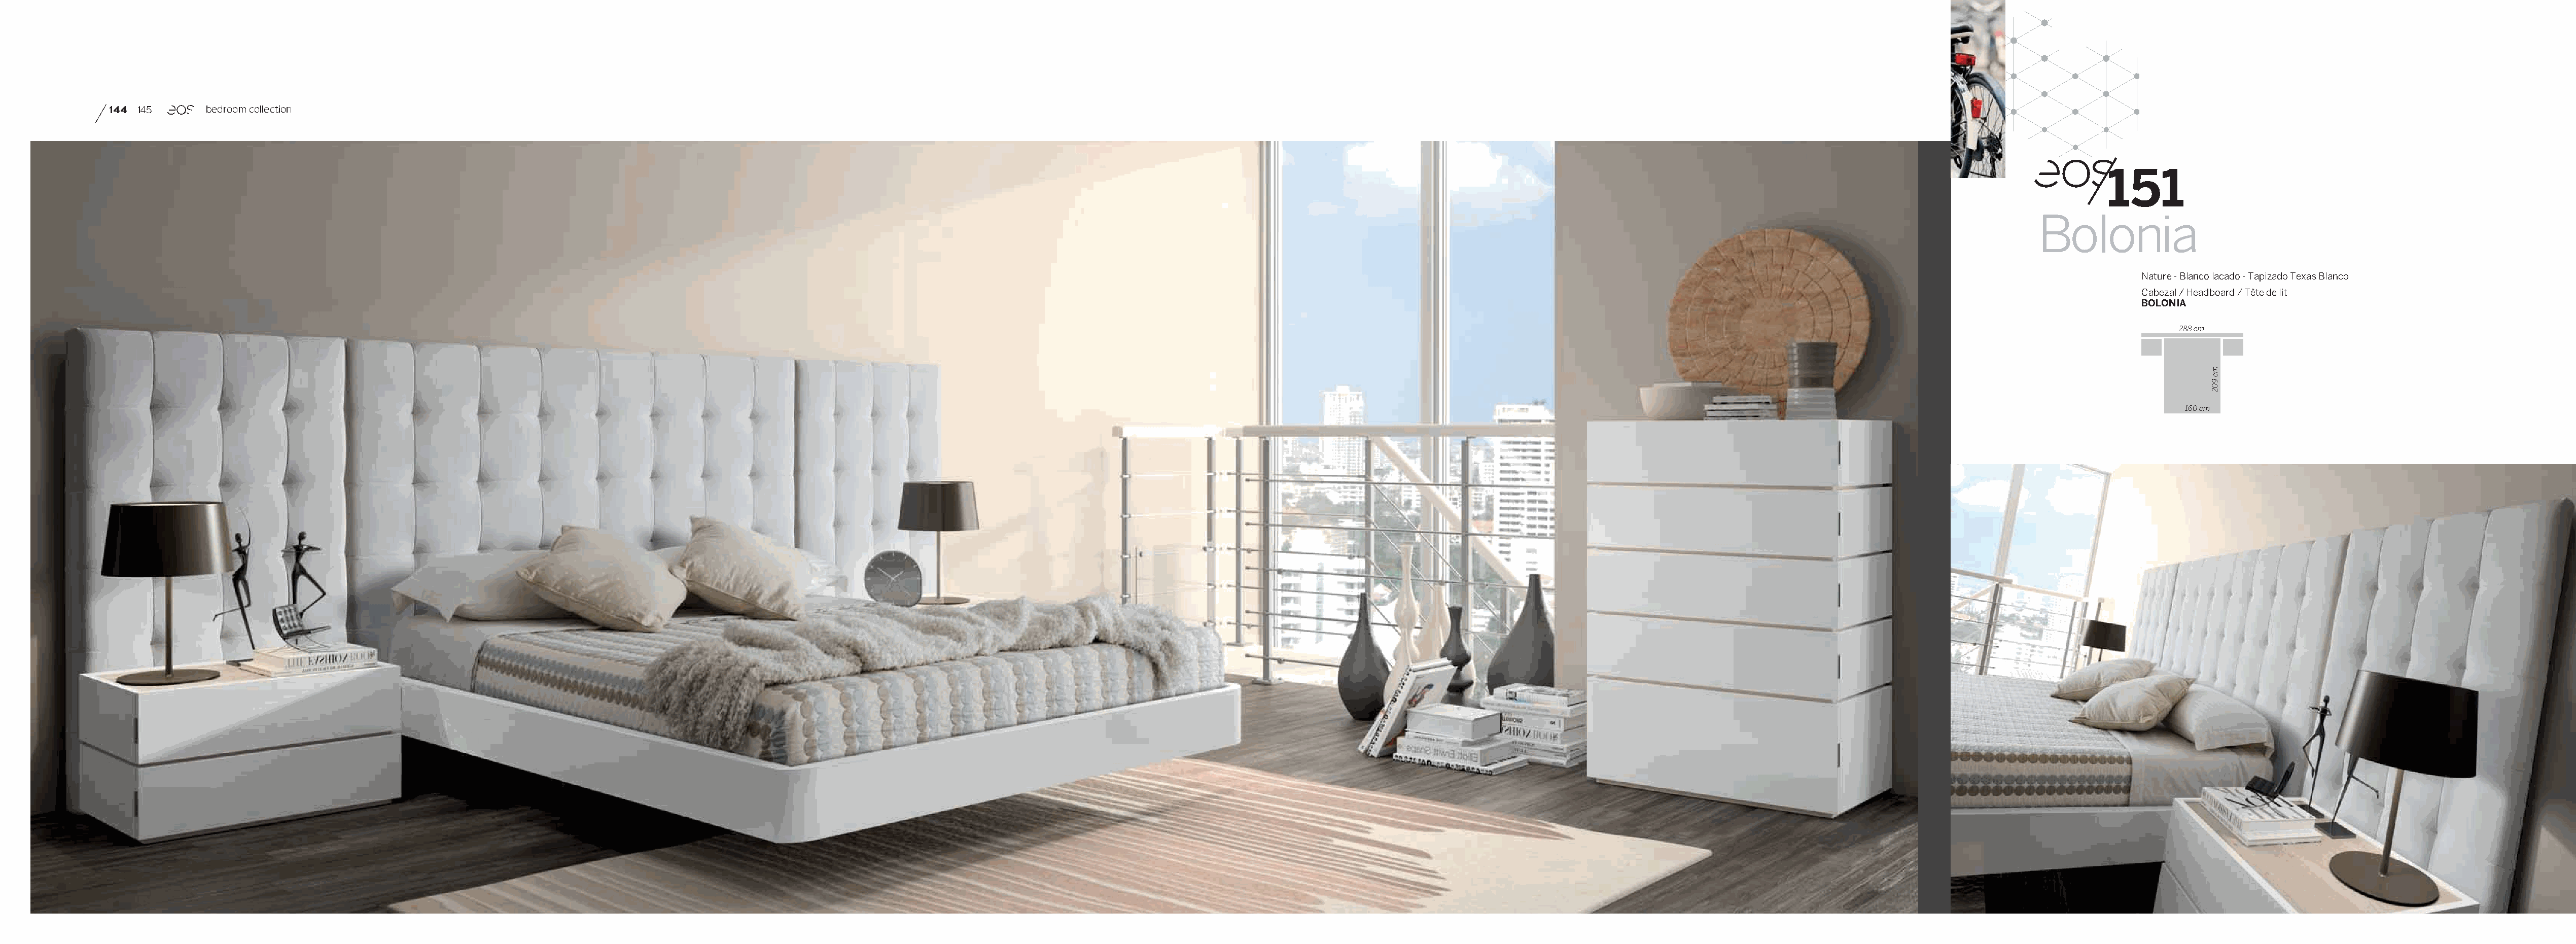
144 145      bedroom collection
 151
 Bolonia
 Nature - Blanco lacado - Tapizado Texas Blanco
 Cabezal / Headboard / Tête de lit
 BOLONIA
 288 cm
 160 cm
 mc
 902